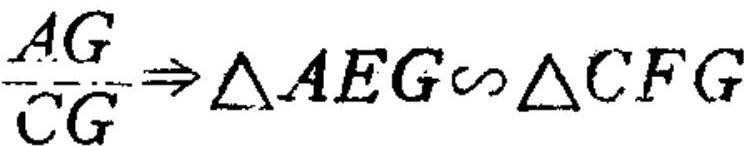
$\frac{AG}{CG}\Rightarrow\triangle AEG\sim\triangle CFG$